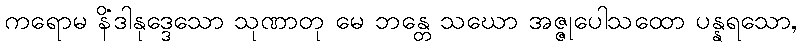
ကရောမ နိဒါနုဒ္ဒေသော သုဏာတု မေ ဘန္တေ သံဃော အဇ္ဇုပေါသထော ပန္နရသော,